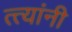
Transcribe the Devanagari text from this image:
त्त्यांनी